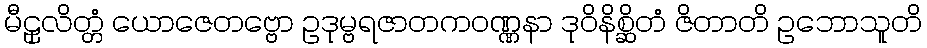
မီဠှလိတ္တံ ယောဇေတဗ္ဗော ဥဒုမ္ဗရဇာတကဝဏ္ဏနာ ဒုဝိနိစ္ဆိတံ ဇိတာတိ ဥဘောသူတိ